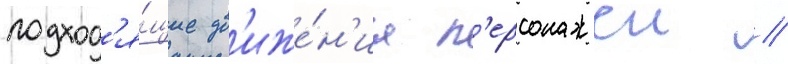
подход'я́щие дв'иже́н'иа п'ерсонажеи //